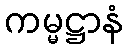
ကမ္မဋ္ဌာနံ